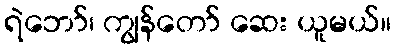
ရဲဘော်၊ ကျွန်တော် ဆေး ယူမယ်။